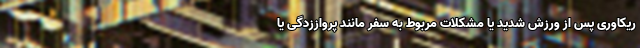
ریکاوری پس از ورزش شدید یا مشکلات مربوط به سفر مانند پرواززدگی یا